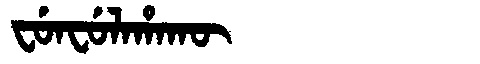
Manchu: ᠸᡠᠨᠸᡠᠯᠠᡥᠠᡴᡡ
Romanization: FUNFULAHAKŪ